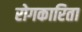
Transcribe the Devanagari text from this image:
रोगकारिता